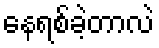
နေရစ်ခဲ့တာလဲ